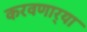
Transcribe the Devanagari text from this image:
करवणार्‍या